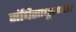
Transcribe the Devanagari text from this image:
संधिसाधूपणास